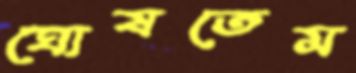
ঘোষতেম